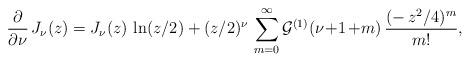
LaTeX: \begin{align*}\frac{\partial}{\partial \nu}\,J_\nu(z) = J_\nu(z)\,\ln(z/2)+(z/2)^\nu\,\sum_{m=0}^\infty \mathcal{G}^{(1)}(\nu\! +\! 1\! +\! m)\,\frac{(-\,z^2/4)^m}{m!}, \end{align*}